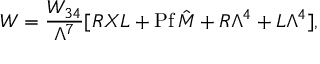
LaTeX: W = { \frac { W _ { 3 4 } } { \Lambda ^ { 7 } } } [ R X L + \mathrm { P f \, } \hat { M } + R \Lambda ^ { 4 } + L \Lambda ^ { 4 } ] ,